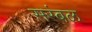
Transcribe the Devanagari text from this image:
सरंबळ